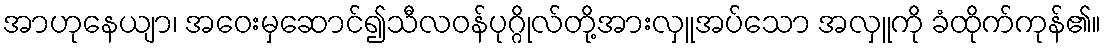
အာဟုနေယျာ၊ အဝေးမှဆောင်၍သီလဝန်ပုဂ္ဂိုလ်တို့အားလှူအပ်သော အလှူကို ခံထိုက်ကုန်၏။